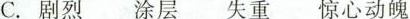
C.剧烈 涂层 失重 惊心动魄